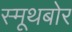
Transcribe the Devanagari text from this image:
स्मूथबोर